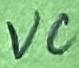
Text: VC